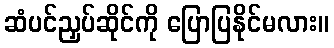
ဆံပင်ညှပ်ဆိုင်ကို ပြောပြနိုင်မလား။